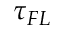
\tau _ { F L }